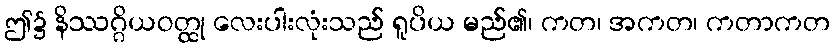
ဤ၌ နိဿဂ္ဂိယဝတ္ထု လေးပါးလုံးသည် ရူပိယ မည်၏၊ ကတ၊ အကတ၊ ကတာကတ